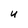
Character: U